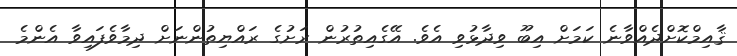
ޤާއިމްކޮށްދެއްވާނެ ކަމަށް އިބޫ ވިދާޅުވި އެވެ. އޭގެއިތުރުން ރަށުގެ ރައްޔިތުންނަށް ދިމާވެފައިވާ އެންމެ